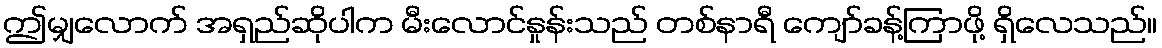
ဤမျှလောက် အရှည်ဆိုပါက မီးလောင်နှုန်းသည် တစ်နာရီ ကျော်ခန့်ကြာဖို့ ရှိလေသည်။